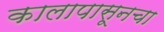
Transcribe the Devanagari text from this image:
कालापासूनचा